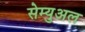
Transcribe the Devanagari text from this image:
सेम्‍युअल